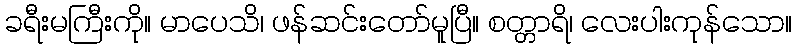
ခရီးမကြီးကို။ မာပေသိ၊ ဖန်ဆင်းတော်မူပြီ။ စတ္တာရိ၊ လေးပါးကုန်သော။